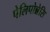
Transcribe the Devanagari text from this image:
पेलिपोन्नेसि